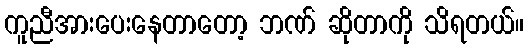
ကူညီအားပေးနေတာတော့ ဘဏ် ဆိုတာကို သိရတယ်။